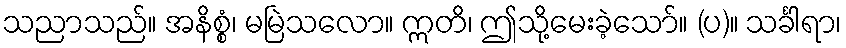
သညာသည်။ အနိစ္စံ၊ မမြဲသလော။ ဣတိ၊ ဤသို့မေးခဲ့သော်။ (ပ)။ သင်္ခါရာ၊